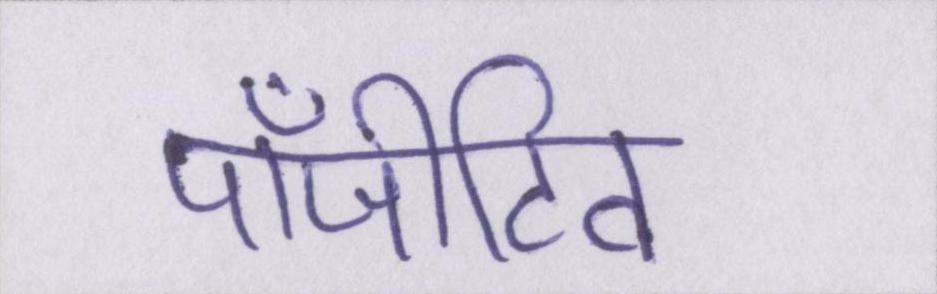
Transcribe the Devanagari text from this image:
पॉजीटिव